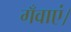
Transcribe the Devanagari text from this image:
गँवाएं।